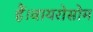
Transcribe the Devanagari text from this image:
हैं।वायरोसोम